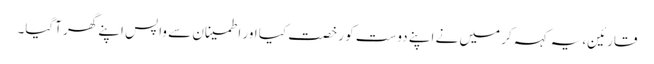
قارئین، یہ کہہ کر میں نے اپنے دوست کو رخصت کیا اور اطمینان سے واپس اپنے گھر آگیا۔